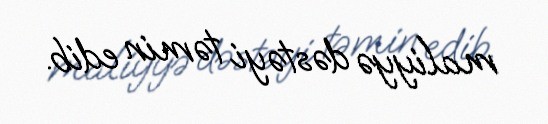
maliyyə dəstəyi təmin edib.